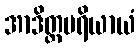
အာဒိတ္တပရိယာယံ